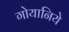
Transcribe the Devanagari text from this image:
गोयानिये